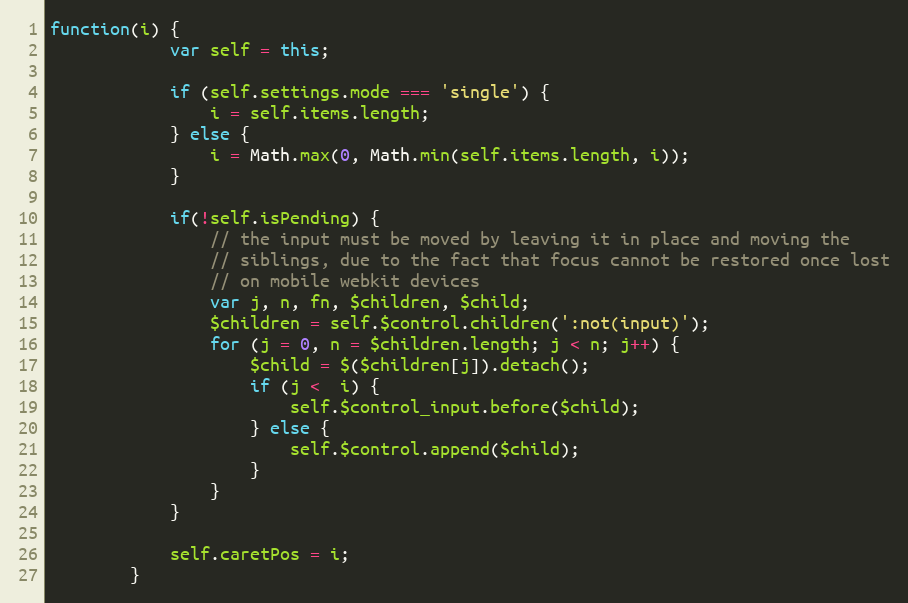
Language: JavaScript
function(i) {
			var self = this;

			if (self.settings.mode === 'single') {
				i = self.items.length;
			} else {
				i = Math.max(0, Math.min(self.items.length, i));
			}

			if(!self.isPending) {
				// the input must be moved by leaving it in place and moving the
				// siblings, due to the fact that focus cannot be restored once lost
				// on mobile webkit devices
				var j, n, fn, $children, $child;
				$children = self.$control.children(':not(input)');
				for (j = 0, n = $children.length; j < n; j++) {
					$child = $($children[j]).detach();
					if (j <  i) {
						self.$control_input.before($child);
					} else {
						self.$control.append($child);
					}
				}
			}

			self.caretPos = i;
		}